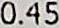
0.45